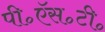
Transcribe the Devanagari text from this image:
पी॰ऍस॰टी॰